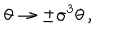
\theta \rightarrow \pm \sigma ^ { 3 } \theta \, ,